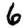
Digit: 6